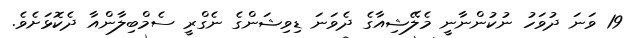
19 ވަނަ ދުވަހު ނުކުންނާނީ މެލޭޝިއާގެ ދެވަނަ ޑިވިޝަންގެ ނެގްރީ ސެމްބިލާންއާ ދެކޮޅަށެވެ.